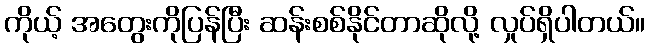
ကိုယ့် အတွေးကိုပြန်ပြီး ဆန်းစစ်နိုင်တာဆိုလို့ လှုပ်ရှိပါတယ်။